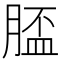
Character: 𦞑